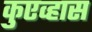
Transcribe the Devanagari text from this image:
कुएव्हास